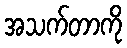
အသက်တာကို